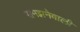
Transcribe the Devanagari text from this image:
समझनेवाली